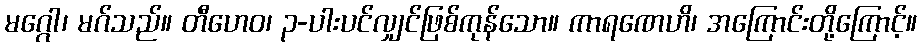
မဂ္ဂေါ၊ မဂ်သည်။ တီဟေဝ၊ ၃-ပါးပင်လျှင်ဖြစ်ကုန်သော။ ကာရဏေဟိ၊ အကြောင်းတို့ကြောင့်။